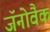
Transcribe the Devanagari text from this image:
जॅनोवैक